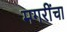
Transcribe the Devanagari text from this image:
मगरींचा